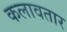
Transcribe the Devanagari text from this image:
कलावतार